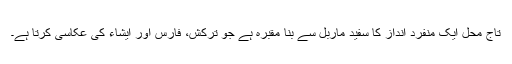
تاج محل ایک منفرد انداز کا سفید ماربل سے بنا مقبرہ ہے جو ترکش، فارس اور ایشاء کی عکاسی کرتا ہے۔